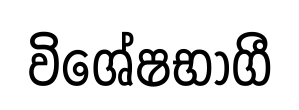
විශේෂභාගී